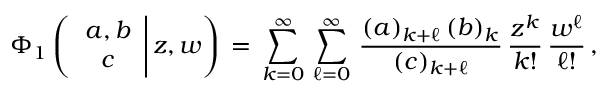
\begin{array} { l } { \displaystyle \Phi _ { 1 } \left( \left. \begin{array} { c } { a , b } \\ { c } \end{array} \right| z , w \right) \, = \, \sum _ { k = 0 } ^ { \infty } \, \sum _ { \ell = 0 } ^ { \infty } \, \frac { ( a ) _ { k + \ell } \, ( b ) _ { k } } { ( c ) _ { k + \ell } } \, \frac { z ^ { k } } { k ! } \, \frac { w ^ { \ell } } { \ell ! } \, , } \end{array}